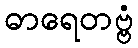
ဓာရေတဗ္ဗံ